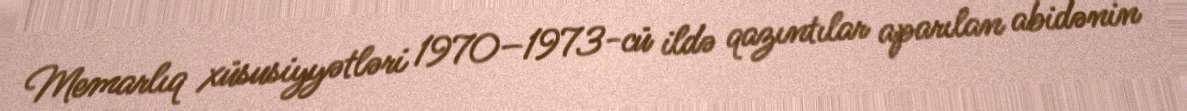
Memarlıq xüsusiyyətləri 1970–1973-cü ildə qazıntılar aparılan abidənin